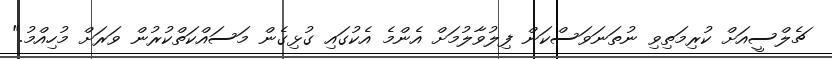
ޗެލްސީއަށް ކުރިމަތިވި ނުތަނަވަސްކަން ފިލުވާލުމަށް އެންމެ އެކުގައި ގުޅިގެން މަސައްކަތްކުރުން ވަރަށް މުހިއްމު."